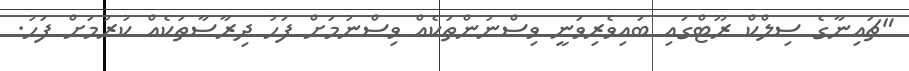
"ޗައިނާގެ ސިލްކް ރޫޓްގައި ބައިވެރިވަނީ ވިސްނުންތަކެއް ވިސްނުމަށް ފަހު ދިރާސާތަކެއް ކުރުމަށް ފަހު.